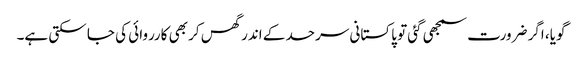
گویا، اگر ضرورت سمجھی گئی تو پاکستانی سرحد کے اندر گھس کر بھی کارروائی کی جا سکتی ہے۔